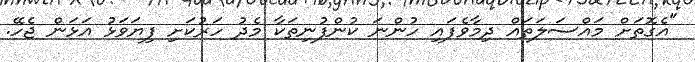
"އެގޮތަށް މައްސަލަތައް ދިމާވެފައި ހުންނަ ކުންފުނިތަކާ މެދު ހަރުކަށި ފިޔަވަޅު އަޅަން ޖެހޭ.